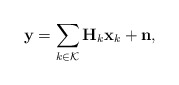
\begin{align*}\mathbf{y}=\sum_{k\in\mathcal{K}}\mathbf{H}_k\mathbf{x}_k+\mathbf{n},\end{align*}